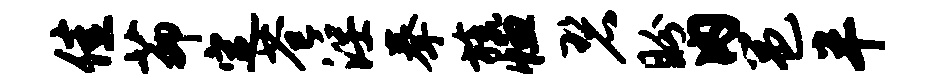
佳茆定苍淫拳旒恤碧盼内邕半